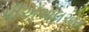
પીએએલએસ